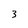
Character: 3